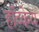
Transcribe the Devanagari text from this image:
हॉव्केय